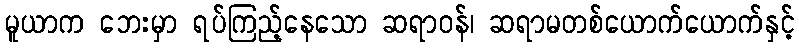
မူယာက ဘေးမှာ ရပ်ကြည့်နေသော ဆရာဝန်၊ ဆရာမတစ်ယောက်ယောက်နှင့်